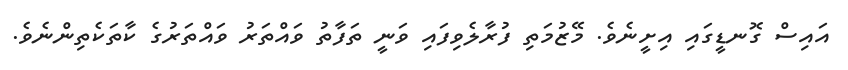
އައިސް ގޮނޑީގައި އިށީނެވެ. މޭޒުމަތި ފުރާލެވިފައި ވަނީ ތަފާތު ވައްތަރު ވައްތަރުގެ ކާތަކެތިންނެވެ.